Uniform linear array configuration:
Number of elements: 4
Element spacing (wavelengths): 0.25
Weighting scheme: cosine
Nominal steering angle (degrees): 60
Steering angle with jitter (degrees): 61.659
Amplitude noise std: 0.05
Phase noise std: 0.05

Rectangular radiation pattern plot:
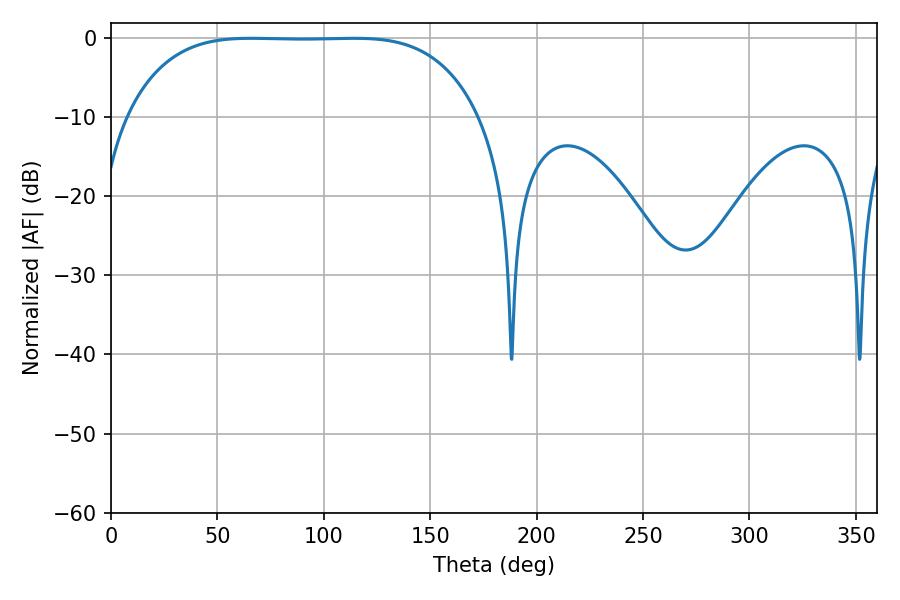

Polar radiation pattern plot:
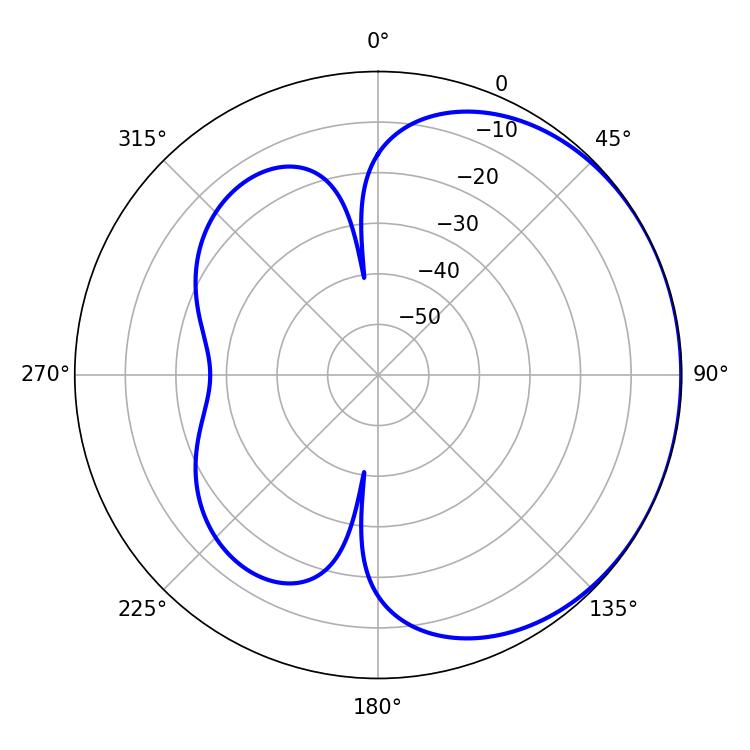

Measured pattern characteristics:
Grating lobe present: FALSE
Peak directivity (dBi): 0.7385
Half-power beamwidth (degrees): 127.44
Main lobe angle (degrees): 65.88